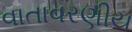
વાતાવરણીય